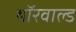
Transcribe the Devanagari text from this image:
थॉरवाल्ड